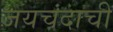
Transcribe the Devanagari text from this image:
जयचंदाची